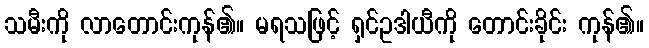
သမီးကို လာတောင်းကုန်၏။ မရသဖြင့် ရှင်ဥဒါယီကို တောင်းခိုင်း ကုန်၏။